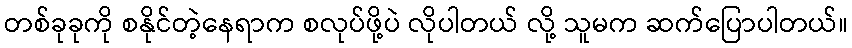
တစ်ခုခုကို စနိုင်တဲ့နေရာက စလုပ်ဖို့ပဲ လိုပါတယ် လို့ သူမက ဆက်ပြောပါတယ်။